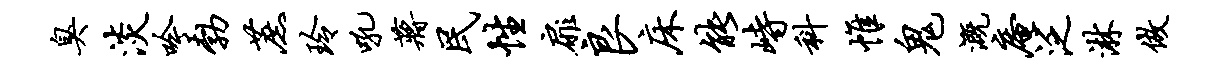
臭淡吟勃蔗玲吼蒋民性扉良床能峙科帷鬼溉庵泛淋做